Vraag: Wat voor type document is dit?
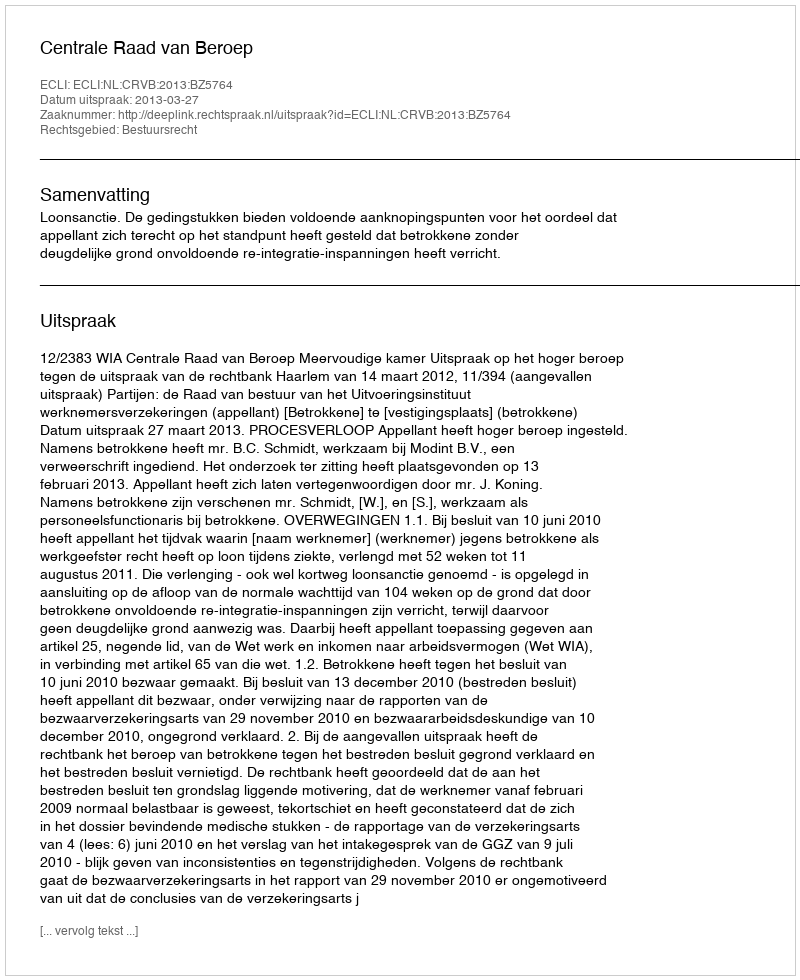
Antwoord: Uitspraak